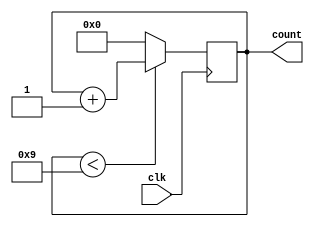
`timescale 1ns / 1ps
//////////////////////////////////////////////////////////////////////////////////
// Company: 
// Engineer: 
// 
// Design Name: 
// Module Name: decade_counter
// Project Name: 
// Target Devices: 
// Tool Versions: 
// Description: 
// 
// Dependencies: 
// 
// Revision:
// Revision 0.01 - File Created
// Additional Comments:
// 
//////////////////////////////////////////////////////////////////////////////////


module decade_counter(clk,count);

        input clk;
        output reg [3:0] count;
        
        always@(posedge clk)
        begin
            if(count < 9)
            count = count + 1;
            else
            count = 0;
        end
endmodule